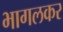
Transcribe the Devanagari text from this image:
भागलकर